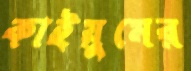
কাইয়ুমের